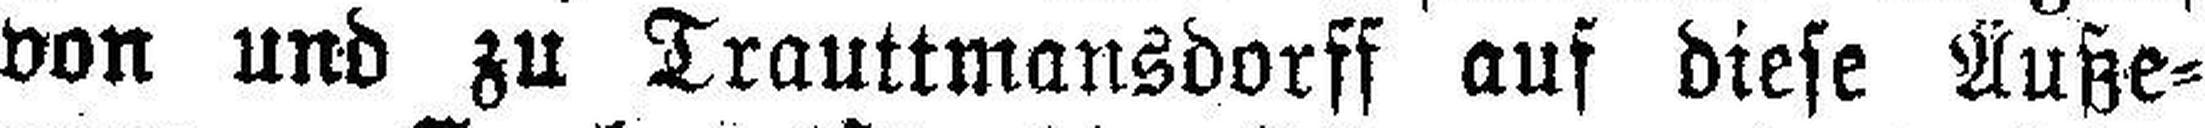
von und zu Trauttmansdorff auf diese Äuße¬